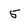
Character: 5